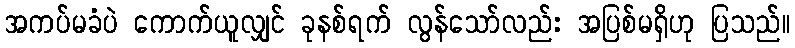
အကပ်မခံပဲ ကောက်ယူလျှင် ခုနစ်ရက် လွန်သော်လည်း အပြစ်မရှိဟု ပြသည်။